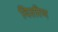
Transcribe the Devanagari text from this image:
विलीण